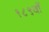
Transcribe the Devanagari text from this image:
१८९वॉ